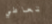
تعاطي